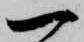
一